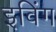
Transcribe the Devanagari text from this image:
इविंग